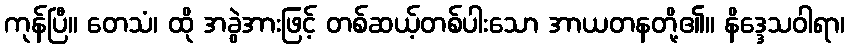
ကုန်ပြီ။ တေသံ၊ ထို အခွဲအားဖြင့် တစ်ဆယ့်တစ်ပါးသော အာယတနတို့၏။ နိဒ္ဒေသဝါရာ၊